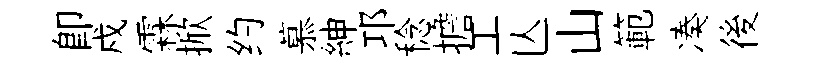
卽戍霖掀约慕紳邛稔擔工亾山範凑後